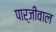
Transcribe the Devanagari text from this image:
पार्जीवाल